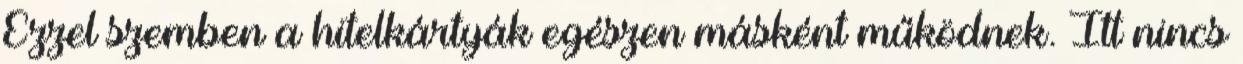
Ezzel szemben a hitelkártyák egészen másként működnek. Itt nincs